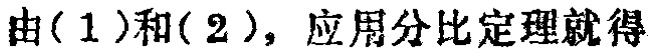
由(1)和(2)，应用分比定理就得